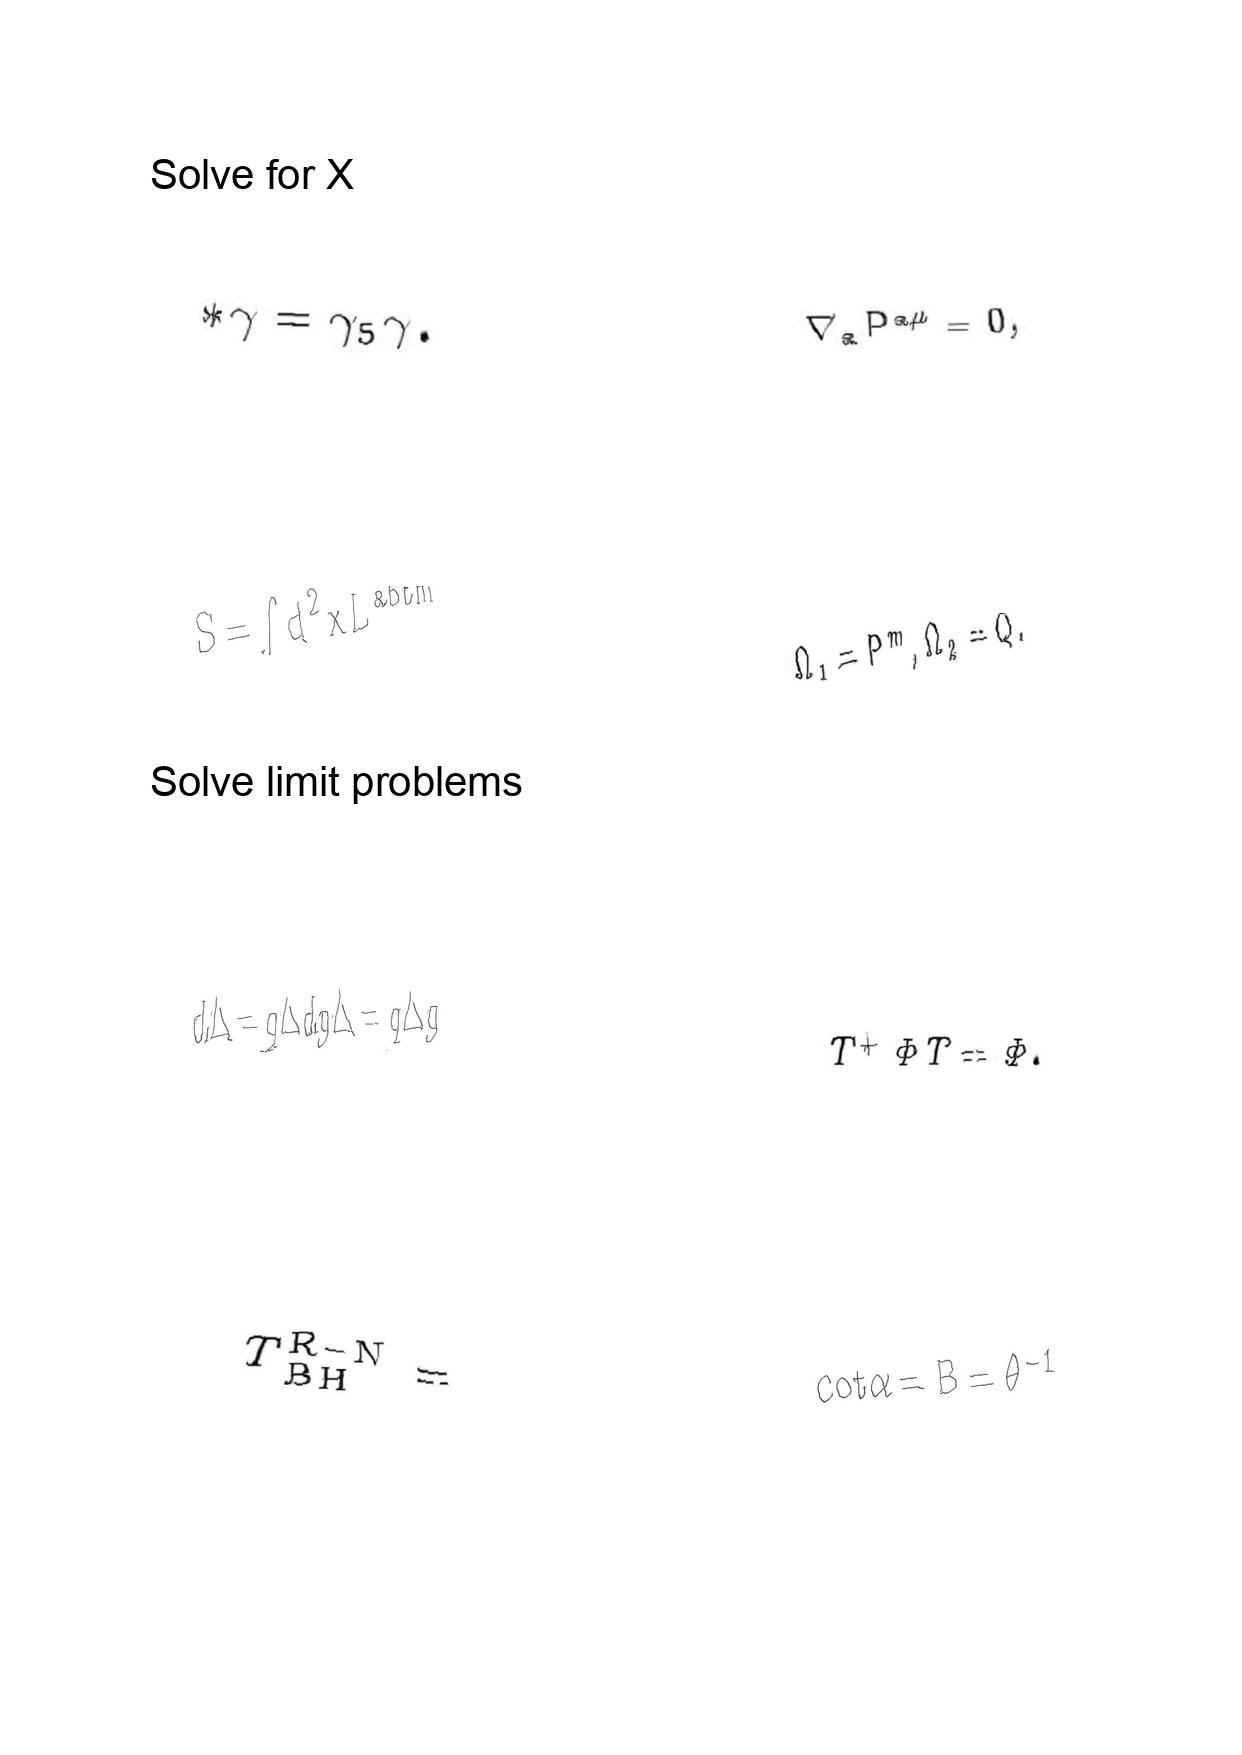
LaTeX transcription:
\ast \gamma = \gamma _ { 5 } \gamma .
S = \int d ^ { 2 } x L ^ { \mathrm { a b t m } }
d \Delta = q \Delta d g \Delta = q \Delta g
T _ { \mathrm { B H } } ^ { \mathrm { R - N } } =
\nabla _ { a } P ^ { a \mu } = 0 ,
\Omega _ { 1 } = P ^ { m } , \Omega _ { 2 } = Q .
T ^ { + } \Phi T = \Phi .
\mathrm { c o t } \alpha = B = \theta ^ { - 1 }